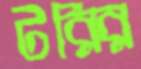
টরির